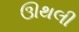
ઊથલી